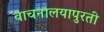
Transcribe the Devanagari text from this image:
वाचनालयापुरती